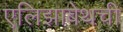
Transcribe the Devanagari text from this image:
एलिझाबेथची